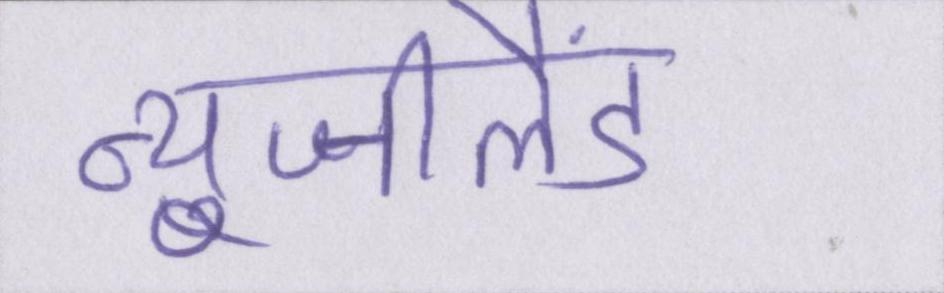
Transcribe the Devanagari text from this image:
न्यूजीलैंड